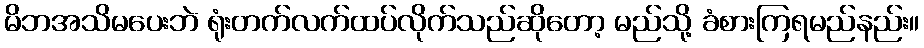
မိဘအသိမပေးဘဲ ရုံးတက်လက်ထပ်လိုက်သည်ဆိုတော့ မည်သို့ ခံစားကြရမည်နည်း။